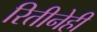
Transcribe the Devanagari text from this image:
रितीनेही